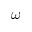
\omega